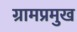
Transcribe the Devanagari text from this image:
ग्रामप्रमुख